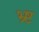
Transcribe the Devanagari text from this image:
भ्र्ष्ट